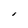
Character: I